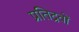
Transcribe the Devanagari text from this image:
प्रतिद्रवों